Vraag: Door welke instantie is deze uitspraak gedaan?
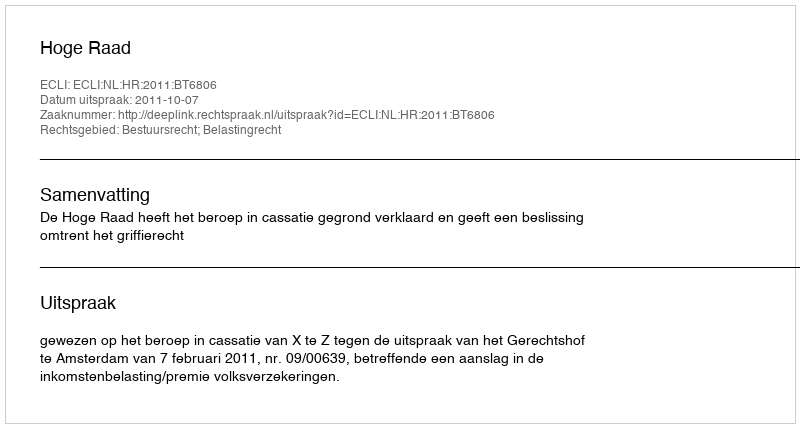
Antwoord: Hoge Raad